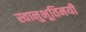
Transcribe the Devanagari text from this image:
स्वानुभूतिमयी